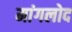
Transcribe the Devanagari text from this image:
मांगलोद